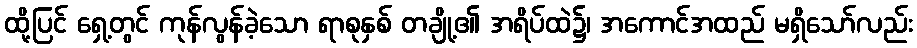
ထို့ပြင် ရှေ့တွင် ကုန်လွန်ခဲ့သော ရာစုနှစ် တချို့၏ အရိပ်ထဲ၌၊ အကောင်အထည် မရှိသော်လည်း